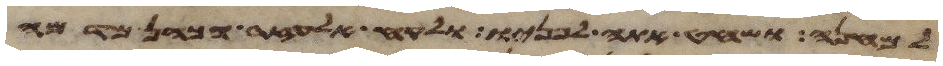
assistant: למחנה ושחט אתה לפניו ולקח אלעזר הכהן מדמה